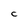
Character: C